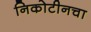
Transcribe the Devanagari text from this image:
निकोटीनचा